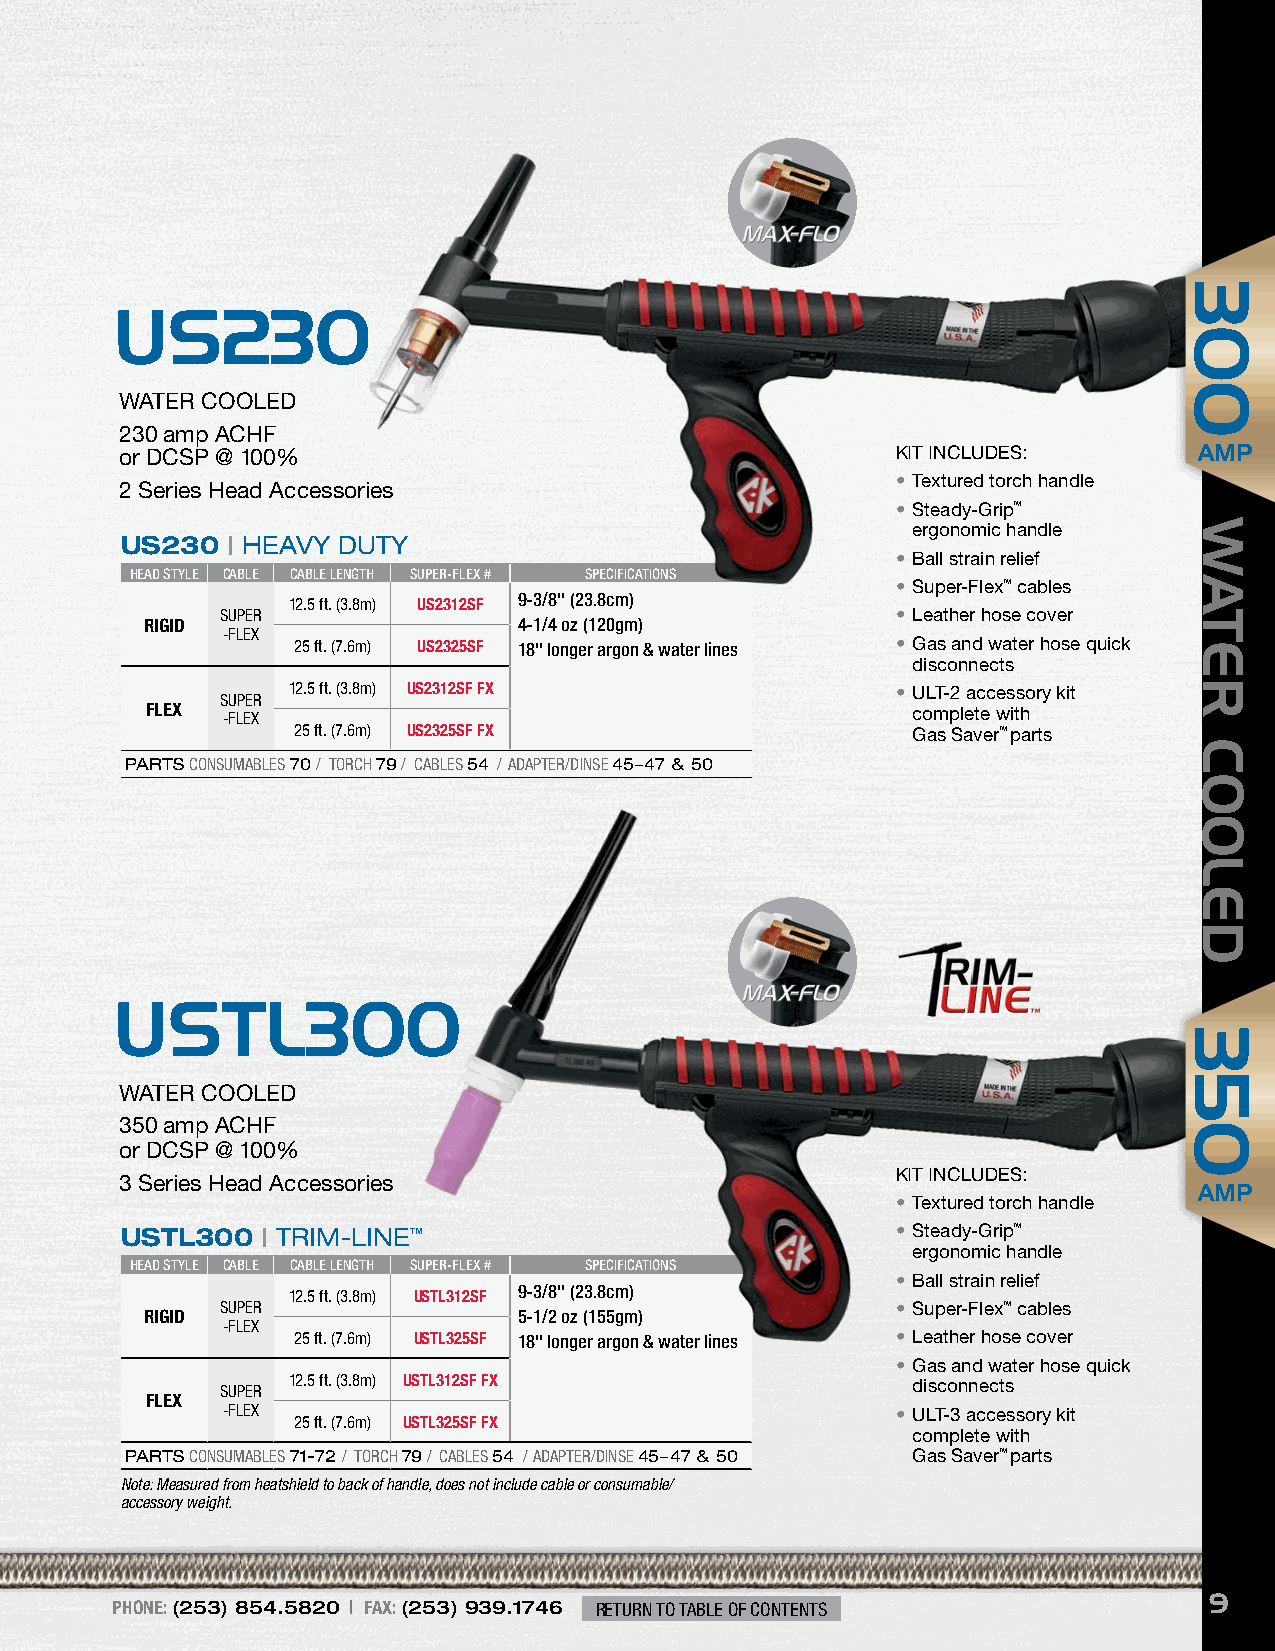
US230
 WATER COOLED
 230 amp ACHF
 or DCSP @ 100%                                     KIT INCLUDES:       AAMMPP
 • Textured torch handle
 2 Series Head Accessories
 • Steady-Grip™
 ergonomic handle
 US230  | HEAVY DUTY
 • Ball strain relief
 HEAD STYLE CABLE CABLE LENGTH SUPER-FLEX # SPECIFICATIONS
 • Super-Flex™ cables
 12.5 ft. (3.8m) US2312SF 9-3/8" (23.8cm)
 SUPER                                       • Leather hose cover
 RIGID                   4-1/4 oz (120gm)
 -FLEX
 25 ft. (7.6m) US2325SF 18" longer argon & water lines • Gas and water hose quick
 disconnects
 12.5 ft. (3.8m) US2312SF FX             • ULT-2 accessory kit
 SUPER
 FLEX -FLEX                                        complete with
 25 ft. (7.6m) US2325SF FX                Gas Saver™ parts
 PARTS CONSUMABLES 70 / TORCH 79 / CABLES 54 / ADAPTER/DINSE 45–47 & 50
 USTL300
 WATER COOLED
 350 amp ACHF
 or DCSP @ 100%
 KIT INCLUDES:
 3 Series Head Accessories
 AAMMPP
 • Textured torch handle
 USTL300  | TRIM-LINE™                              • Steady-Grip™
 ergonomic handle
 HEAD STYLE CABLE CABLE LENGTH SUPER-FLEX # SPECIFICATIONS
 • Ball strain relief
 12.5 ft. (3.8m) USTL312SF 9-3/8" (23.8cm)
 SUPER                                       • Super-Flex™ cables
 RIGID                   5-1/2 oz (155gm)
 -FLEX
 25 ft. (7.6m) USTL325SF 18" longer argon & water lines • Leather hose cover
 • Gas and water hose quick
 12.5 ft. (3.8m) USTL312SF FX             disconnects
 SUPER
 FLEX
 -FLEX                                       • ULT-3 accessory kit
 25 ft. (7.6m) USTL325SF FX
 complete with
 PARTS CONSUMABLES 71-72 / TORCH 79 / CABLES 54 / ADAPTER/DINSE 45–47 & 50 Gas Saver™ parts
 Note: Measured from heatshield to back of handle, does not include cable or consumable/
 accessory weight.
 9
 PHONE: (253) 854.5820 | FAX: (253) 939.1746 RETURN TO TABLE OF CONTENTS
 300
 350
 WWAATTEERR-
 CCOOOOLLEEDD